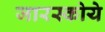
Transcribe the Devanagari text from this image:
जारस्कोये